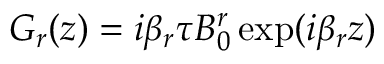
G _ { r } ( z ) = i \beta _ { r } \tau B _ { 0 } ^ { r } \exp ( i \beta _ { r } z )